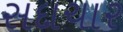
સદાચાર